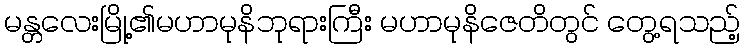
မန္တလေးမြို့၏မဟာမုနိဘုရားကြီး မဟာမုနိဇေတိတွင် တွေ့ရသည့်